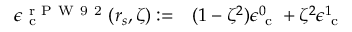
\begin{array} { r l } { \epsilon _ { \mathrm { ~ c ~ } } ^ { \mathrm { ~ r ~ P ~ W ~ 9 ~ 2 ~ } } ( r _ { s } , \zeta ) : = } & { { } ( 1 - \zeta ^ { 2 } ) \epsilon _ { \mathrm { ~ c ~ } } ^ { 0 } + \zeta ^ { 2 } \epsilon _ { \mathrm { ~ c ~ } } ^ { 1 } } \end{array}